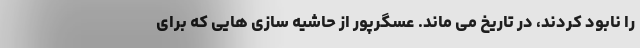
را نابود کردند، در تاریخ می ماند. عسگرپور از حاشیه سازی هایی که برای